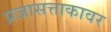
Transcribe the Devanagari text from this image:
प्रजासत्ताकावर